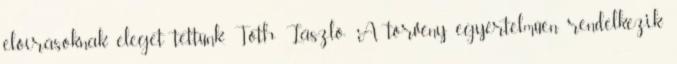
előírásoknak eleget tettünk. Tóth László: A törvény egyértelműen rendelkezik